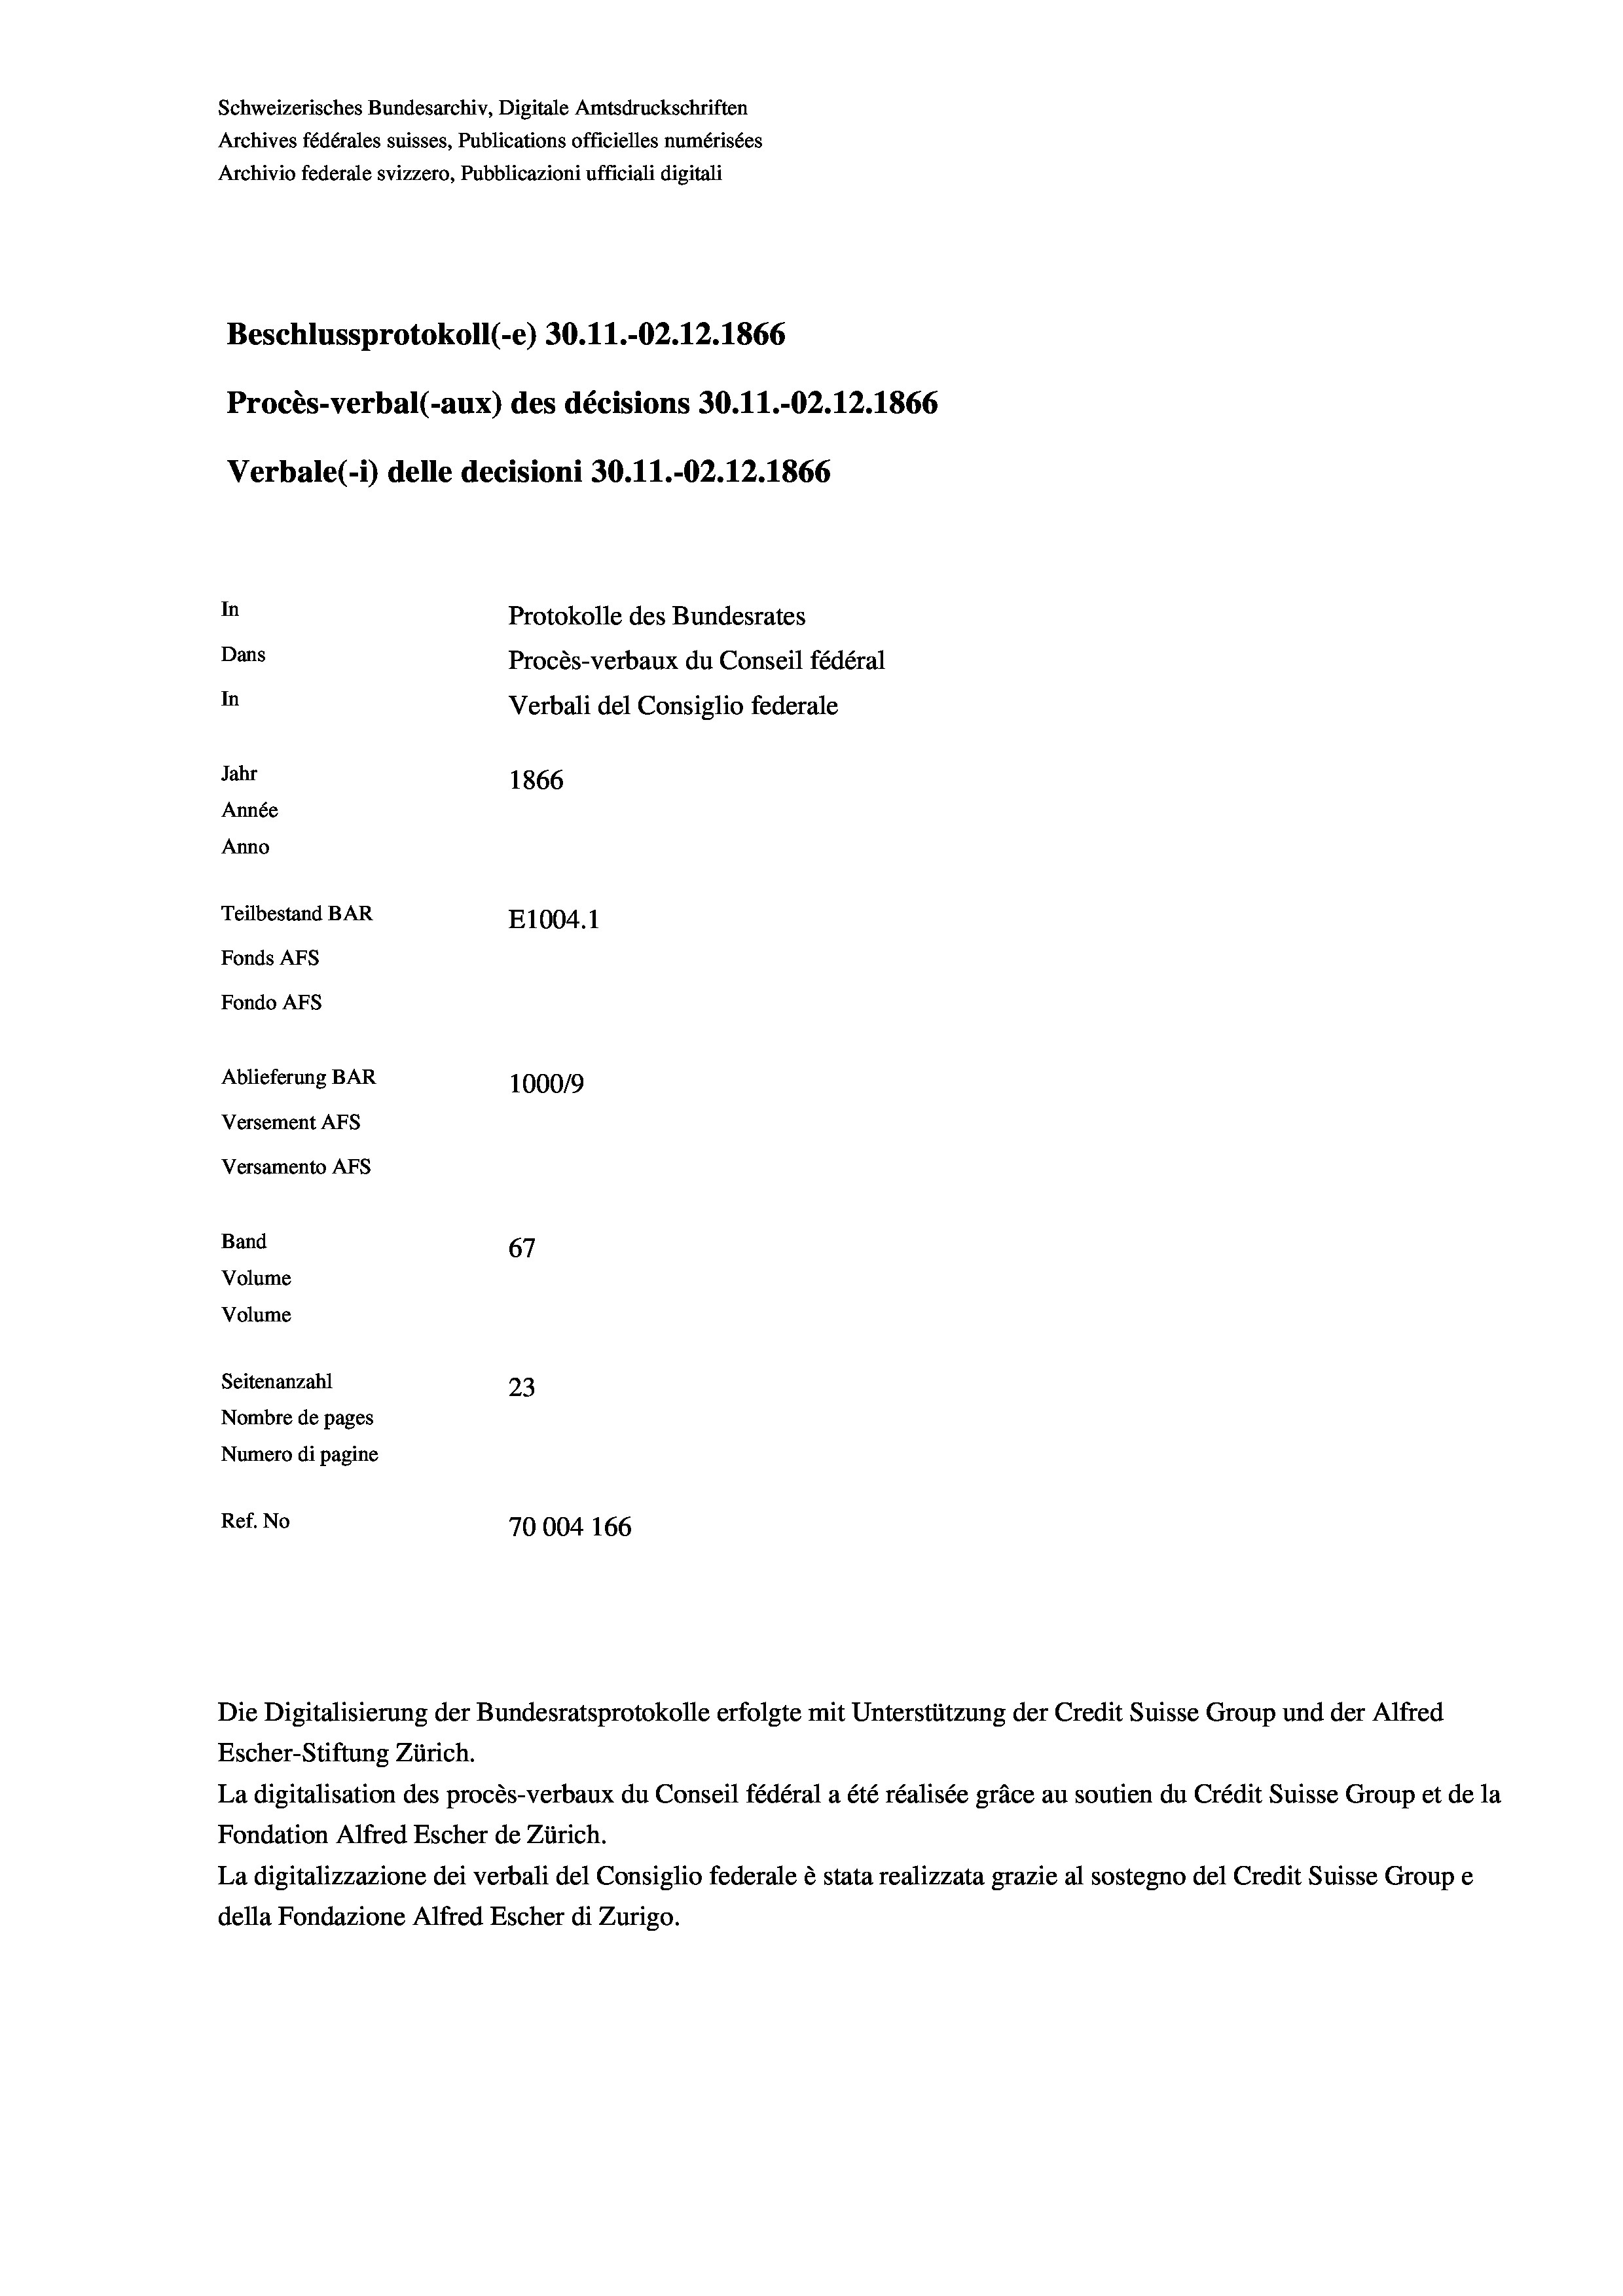
Schweizerisches Bundesarchiv, Digitale Amtsdruckschriften
Archives fédérales suisses, Publications officielles numérisées
Archivio federale svizzero, Pubblicazioni ufficiali digitali
Beschlussprotokoll (-e) 30.11.-O2.12.1866
Procès-verbal (-aux) des décisions 30.11.-O2.12.1866
Verbale (i) delle decisioni 30.11.-O2.12.1866
In
Protokolle des Bundesrates
Dans
Procès-verbaux du Conseil fédéral
In
Verbali del Consiglio federale
Jahr
1866
Année
Anno
Teilbestand BAR
E1004.1
Fonds AFs
Fondo Afs
Ablieferung BAR
100019
Versement Ans
Versamento Afs
Band
67
Volume
Volume

Seitenanzahl
23
Nombre de pages
Numero di pagine
Ref. No
70004 166

Escher-Stiftung Zürich.
La digitalisation des procès-verbaux du Conseil fédéral a été réalisée gräce au soutien du Crédit Suisse Group et de la
Fondation Alfred Escher de Zürich.
La digitalizzazione dei verbali del Consiglio federale è stata realizzata grazie al sostegno del Credit Suisse Groupe
della Fondazione Alfred Escher di Zurigo.

Die Digitalisierung der Bundesratsprotokolle erfolgte mit Unterstützung der Credit Suisse Group und der Alfred